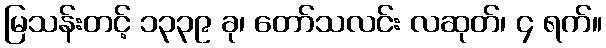
မြသန်းတင့် ၁၃၃၉ ခု၊ တော်သလင်း လဆုတ်၊ ၄ ရက်။